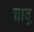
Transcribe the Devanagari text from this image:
चावू